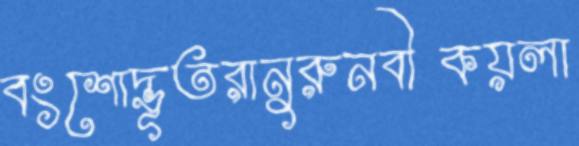
বংশোদ্ভূতরানুরুনবীকয়লা